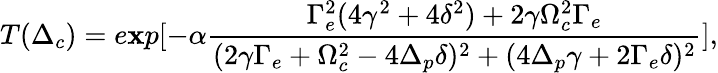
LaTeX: T(\Delta_{c})=e\mathbf{x}p[-\alpha\frac{{\Gamma_{e}^{2}(4\gamma^{2}+4\delta^{2})+2\gamma\Omega_{c}^{2}\Gamma_{e}}}{{(2\gamma\Gamma_{e}+\Omega_{c}^{2}-4\Delta_{p}\delta)^{2}+(4\Delta_{p}\gamma+2\Gamma_{e}\delta)^{2}}}],